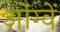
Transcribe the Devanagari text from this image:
ओंग्वें